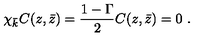
\chi _ { \bar { k } } C ( z , \bar { z } ) = { \frac { 1 - \Gamma } { 2 } } C ( z , \bar { z } ) = 0 \ .